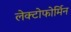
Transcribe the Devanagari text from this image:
लेक्टोफोर्मिन